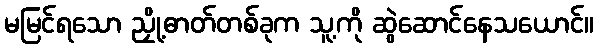
မမြင်ရသော ညှို့ဓာတ်တစ်ခုက သူ့ကို ဆွဲဆောင်နေသယောင်။